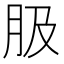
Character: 䏜